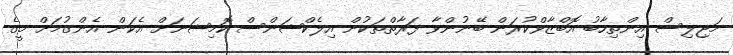
މަޖިލިސް އިންތިހާބު އޮބްޒާވްކުރަން ބޭނުންވާ ފަރާތްތަކުން އިލެކްޝަންސް ކޮމިޝަނަށް އެކަން އެންގުމަށް މީގެ